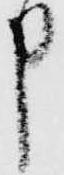
申